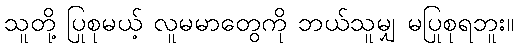
သူတို့ ပြုစုမယ့် လူမမာတွေကို ဘယ်သူမျှ မပြုစုရဘူး။